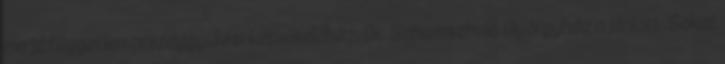
majd független országgyűlési képviselőhöz, Dr. Schamschula Györgyhöz ajánlott. Sokat